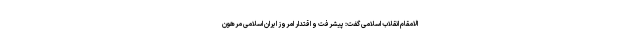
الامقام انقلاب اسلامی گفت: پیشرفت و اقتدار امروز ایران اسلامی مرهون